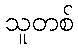
သူတစ်